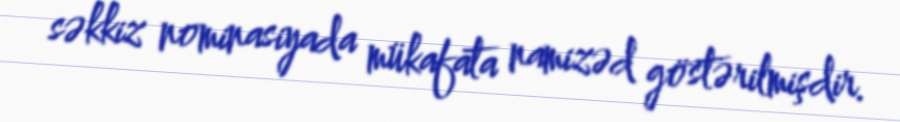
səkkiz nominasiyada mükafata namizəd göstərilmişdir.